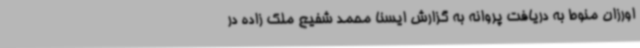
اورزان منوط به دریافت پروانه به گزارش ایسنا محمد شفیع ملک زاده در